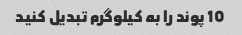
10 پوند را به کیلوگرم تبدیل کنید